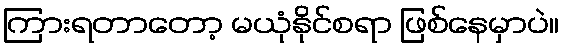
ကြားရတာတော့ မယုံနိုင်စရာ ဖြစ်နေမှာပဲ။